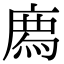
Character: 𢊁